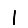
Digit: 1